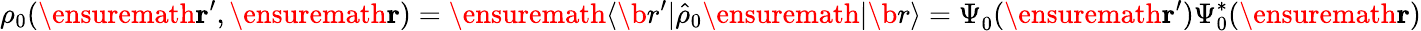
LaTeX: \rho_{0}(\ensuremath{\mathbf{r}}^{\prime},\ensuremath{\mathbf{r}})=\ensuremath{\langle\b{r}^{\prime}\vert}\hat{\rho}_{0}\ensuremath{\vert\b{r}\rangle}=\Psi_{0}^{}(\ensuremath{\mathbf{r}}^{\prime})\Psi_{0}^{*}(\ensuremath{\mathbf{r}})